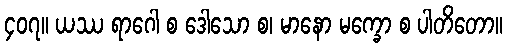
၄၀၇။ ယဿ ရာဂေါ စ ဒေါသော စ၊ မာနော မက္ခော စ ပါတိတော။